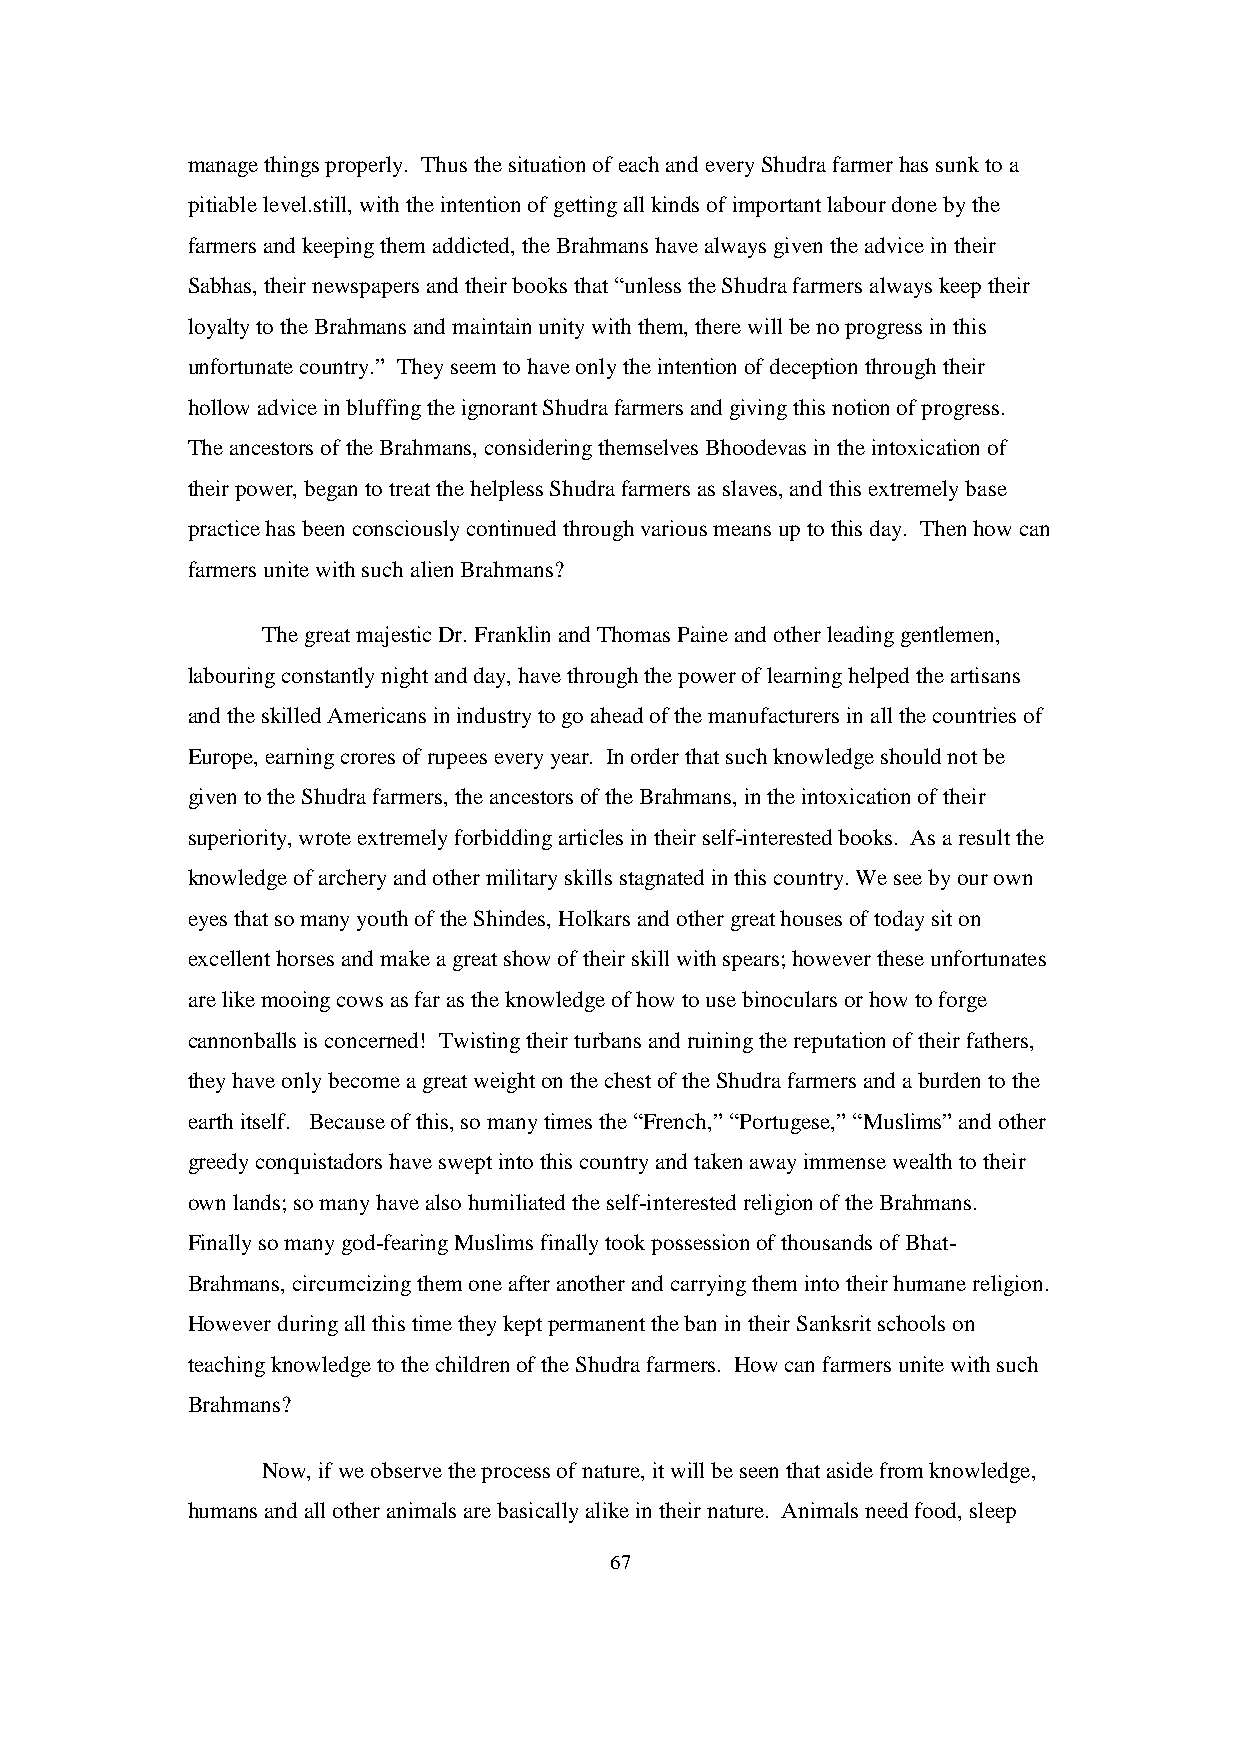
manage things properly. Thus the situation of each and every Shudra farmer has sunk to a
 pitiable level.still, with the intention of getting all kinds of important labour done by the
 farmers and keeping them addicted, the Brahmans have always given the advice in their
 Sabhas, their newspapers and their books that “unless the Shudra farmers always keep their
 loyalty to the Brahmans and maintain unity with them, there will be no progress in this
 unfortunate country.” They seem to have only the intention of deception through their
 hollow advice in bluffing the ignorant Shudra farmers and giving this notion of progress.
 The ancestors of the Brahmans, considering themselves Bhoodevas in the intoxication of
 their power, began to treat the helpless Shudra farmers as slaves, and this extremely base
 practice has been consciously continued through various means up to this day. Then how can
 farmers unite with such alien Brahmans?
 The great majestic Dr. Franklin and Thomas Paine and other leading gentlemen,
 labouring constantly night and day, have through the power of learning helped the artisans
 and the skilled Americans in industry to go ahead of the manufacturers in all the countries of
 Europe, earning crores of rupees every year. In order that such knowledge should not be
 given to the Shudra farmers, the ancestors of the Brahmans, in the intoxication of their
 superiority, wrote extremely forbidding articles in their self-interested books. As a result the
 knowledge of archery and other military skills stagnated in this country. We see by our own
 eyes that so many youth of the Shindes, Holkars and other great houses of today sit on
 excellent horses and make a great show of their skill with spears; however these unfortunates
 are like mooing cows as far as the knowledge of how to use binoculars or how to forge
 cannonballs is concerned! Twisting their turbans and ruining the reputation of their fathers,
 they have only become a great weight on the chest of the Shudra farmers and a burden to the
 earth itself. Because of this, so many times the “French,” “Portugese,” “Muslims” and other
 greedy conquistadors have swept into this country and taken away immense wealth to their
 own lands; so many have also humiliated the self-interested religion of the Brahmans.
 Finally so many god-fearing Muslims finally took possession of thousands of Bhat-
 Brahmans, circumcizing them one after another and carrying them into their humane religion.
 However during all this time they kept permanent the ban in their Sanksrit schools on
 teaching knowledge to the children of the Shudra farmers. How can farmers unite with such
 Brahmans?
 Now, if we observe the process of nature, it will be seen that aside from knowledge,
 humans and all other animals are basically alike in their nature. Animals need food, sleep
 67